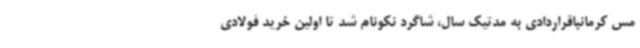
مس کرمانباقراردادی به مدتیک سال، شاگرد نکونام شد تا اولین خرید فولادی